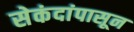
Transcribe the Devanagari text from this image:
सेकंदांपासून